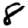
Digit: 8